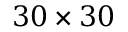
3 0 \times 3 0